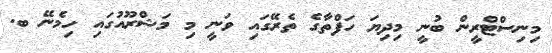
މިނިސްޓްރީން ބުނީ މިދިޔަ ހަފްތާގެ ތެރޭގައި ވަނީ މި މަޝްރޫއުގައި ހިމެނޭ ބ.